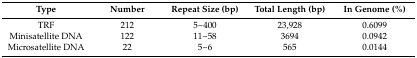
<table><thead><tr><td><b>Type</b></td><td><b>Number </b></td><td><b>Repeat Size (bp)</b></td><td><b>Total Length (bp)</b></td><td><b>In Genome (%)</b></td></tr></thead><tbody><tr><td>TRF</td><td>212</td><td>5~400</td><td>23,928</td><td>0.6099</td></tr><tr><td>Minisatellite DNA</td><td>122</td><td>11~58</td><td>3694</td><td>0.0942</td></tr><tr><td>Microsatellite DNA</td><td>22</td><td>5~6</td><td>565</td><td>0.0144</td></tr></tbody></table>